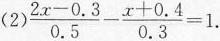
(2)$$\frac { 2 x - 0 . 3 } { 0 . 5 } - \frac { x + 0 . 4 } { 0 . 3 } = 1$$.